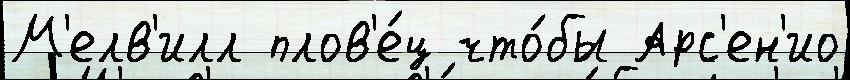
М'елв'илл плов'е́ц что́бы Арс'ен'ио